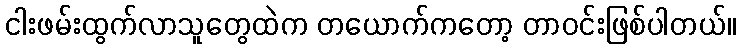
ငါးဖမ်းထွက်လာသူတွေထဲက တယောက်ကတော့ တာဝင်းဖြစ်ပါတယ်။